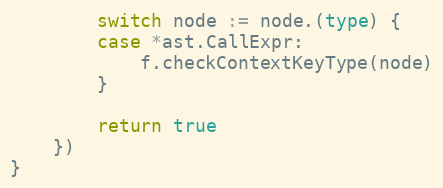
Language: Go
		switch node := node.(type) {
		case *ast.CallExpr:
			f.checkContextKeyType(node)
		}

		return true
	})
}